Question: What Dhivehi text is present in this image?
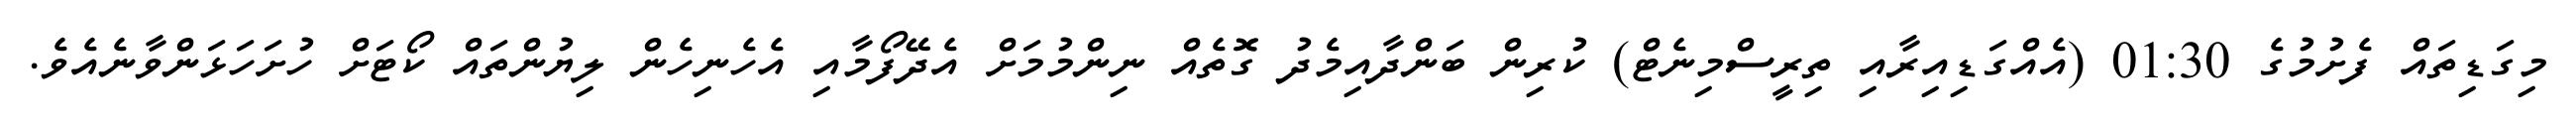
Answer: މިގަޑިތައް ފެށުމުގެ 01:30 (އެއްގަޑިއިރާއި ތިރީސްމިނެޓް) ކުރިން ބަންދާއިމެދު ގޮތެއް ނިންމުމަށް އެދޭފޯމާއި އެހެނިހެން ލިޔުންތައް ކޯޓަށް ހުށަހަޅަންވާނެއެވެ.